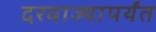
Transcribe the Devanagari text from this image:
दरवाज्यापर्यंत